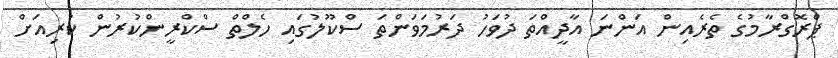
ޕްރޮގްރާމުގެ ތެރެއިން އަންނަ އާދީއްތަ ދުވަހު ދަރުމަވަންތަ ސްކޫލުގައި ހެލްތް ސްކްރީންކުރުން ކުރިއަށް